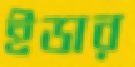
ইডার